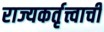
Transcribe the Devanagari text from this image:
राज्यकर्तृत्त्वाची